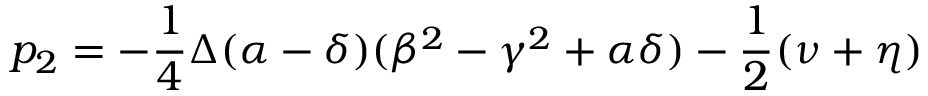
p _ { 2 } = - \frac { 1 } { 4 } \Delta ( \alpha - \delta ) ( \beta ^ { 2 } - \gamma ^ { 2 } + \alpha \delta ) - \frac { 1 } { 2 } ( \nu + \eta )